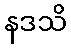
နဒသိ